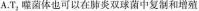
A.T_{2}噬菌体也可以在肺炎双球菌中复制和增殖